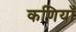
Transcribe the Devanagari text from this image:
कणियाँ